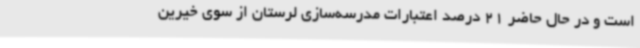
است و در حال حاضر 21 درصد اعتبارات مدرسه‌سازی لرستان از سوی خیرین